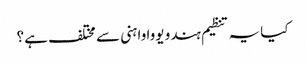
کیا یہ تنظیم ہندو یووا واہنی سے مختلف ہے؟